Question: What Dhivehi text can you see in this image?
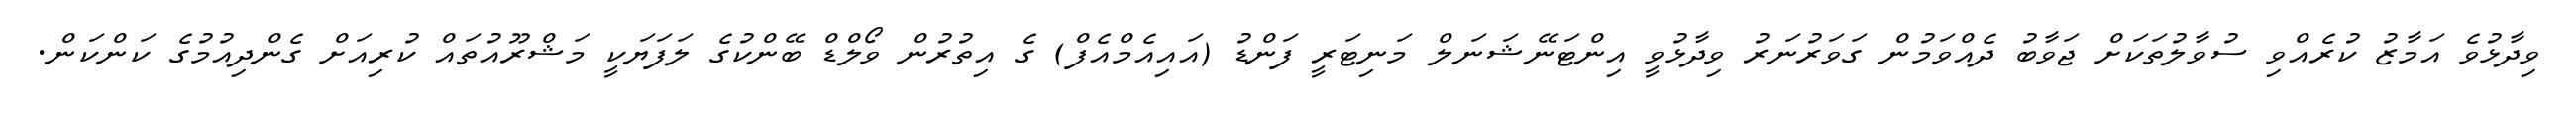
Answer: ވިދާޅުވެ އަމާޒު ކުރެއްވި ސުވާލުތަކަށް ޖަވާބު ދެއްވަމުން ގަވަރުނަރު ވިދާޅުވީ އިންޓަނޭޝަނަލް މަނިޓަރީ ފަންޑު (އައިއެމްއެފް) ގެ އިތުރުން ވޯލްޑް ބޭންކުގެ ލަފަޔަކީ މަޝްރޫއުތައް ކުރިއަށް ގެންދިއުމުގެ ކަންކަން.